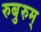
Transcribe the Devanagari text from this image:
रुबुरुम्